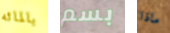
بالمائه بسم ماذا